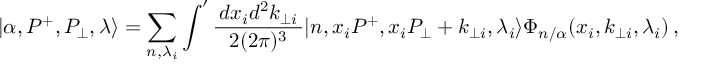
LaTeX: | \alpha , P ^ { + } , P _ { \bot } , \lambda \rangle = \sum _ { n , \lambda _ { i } } \int ^ { \prime } \frac { \, d x _ { i } d ^ { 2 } k _ { \bot i } \, } { 2 ( 2 \pi ) ^ { 3 } } | n , x _ { i } P ^ { + } , x _ { i } P _ { \bot } + k _ { \bot i } , \lambda _ { i } \rangle \Phi _ { n / \alpha } ( x _ { i } , k _ { \bot i } , \lambda _ { i } ) \, ,